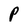
Character: P